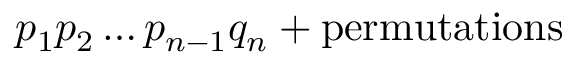
p _ { 1 } p _ { 2 } \ldots p _ { n - 1 } q _ { n } + \mathrm { p e r m u t a t i o n s }